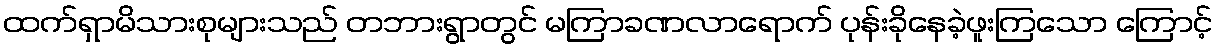
ထက်ရှာမိသားစုများသည် တဘားရွာတွင် မကြာခဏလာရောက် ပုန်းခိုနေခဲ့ဖူးကြသော ကြောင့်